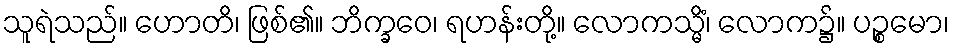
သူရဲသည်။ ဟောတိ၊ ဖြစ်၏။ ဘိက္ခဝေ၊ ရဟန်းတို့။ လောကသ္မိံ၊ လောက၌။ ပဉ္စမော၊